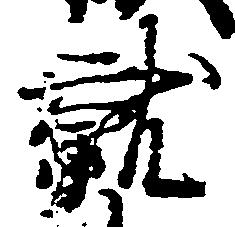
就